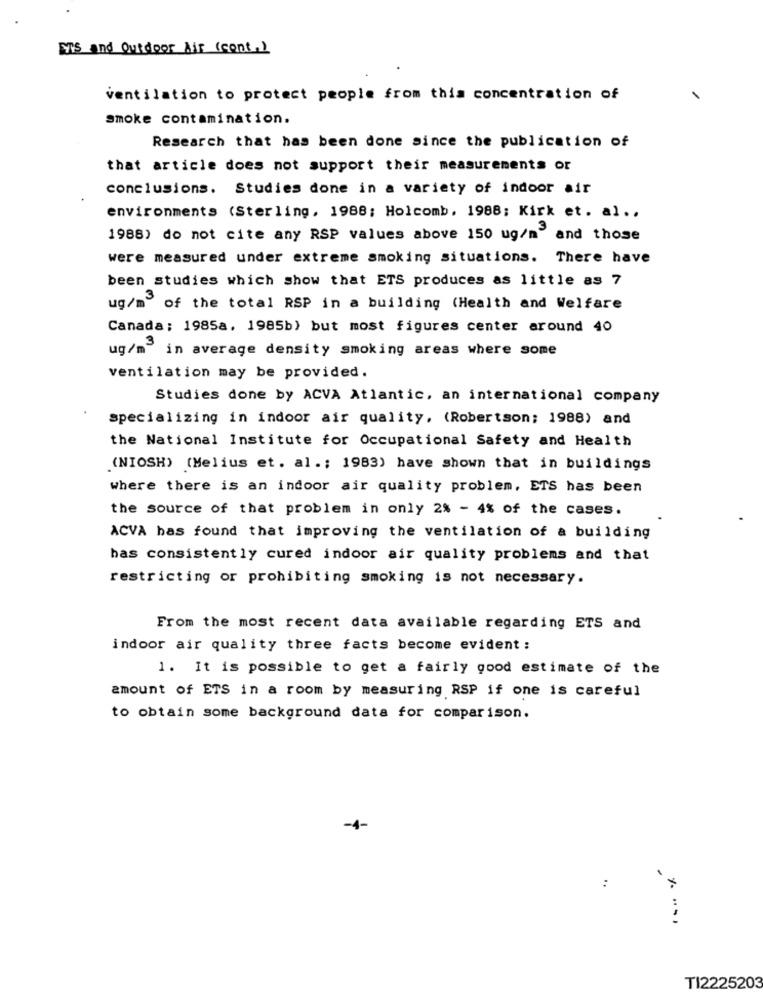
ETS and Outdoor Air (cont.)
ventilation to protect people from this concentration of
smoke contamination.
Research that has been done since the publication of
that article does not support their measurements or
conclusions. Studies done in a variety of indoor air
environments (Sterling, 1988; Holcomb. 1988; Kirk et. al ..
1988) do not cite any RSP values above 150 ug/m" and those
were measured under extreme smoking situations. There have
been studies which show that ETS produces as little as 7
ug/m" of the total RSP in a building (Health and Welfare
Canada; 1985a, 1985b) but most figures center around 40
ug/m" in average density smoking areas where some
ventilation may be provided.
Studies done by ACVA Atlantic, an international company
specializing in indoor air quality. (Robertson; 1988) and
the National Institute for Occupational Safety and Health
(NIOSH) (Melius et. al .; 1983) have shown that in buildings
where there is an indoor air quality problem, ETS has been
the source of that problem in only 2% - 4% of the cases.
ACVA bas found that improving the ventilation of a building
bas consistently cured indoor air quality problems and that
restricting or prohibiting smoking is not necessary.
From the most recent data available regarding ETS and
indoor air quality three facts become evident :
1. It is possible to get a fairly good estimate of the
amount of ETS in a room by measuring RSP if one is careful
to obtain some background data for comparison.
-4-
:
TI2225203